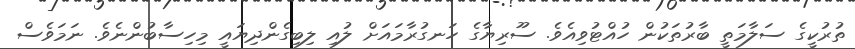
ތުރުކީގެ ސަލާމަތީ ބާރުތަކުން ހުއްޓުވިއެވެ. ސޫރިޔާގެ ހަނގުރާމައަށް ލުއި ލިބިގެންދިޔައީ މިހިސާބުންނެވެ. ނަމަވެސް